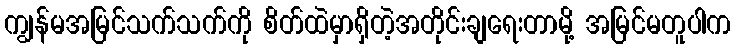
ကျွန်မအမြင်သက်သက်ကို စိတ်ထဲမှာရှိတဲ့အတိုင်းချရေးတာမို့ အမြင်မတူပါက